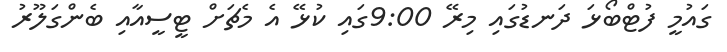
ގައުމީ ފުޓްބޯޅަ ދަނޑުގައި މިރޭ 9:00ގައި ކުޅޭ އެ މެޗަށް ޓީސީއާއި ބެންގަލޫރު